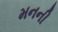
મનની